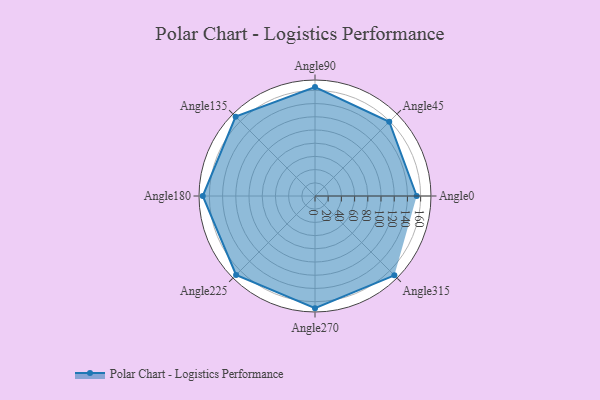
{"axis": {"x": "Angle", "y": "Radius"}, "legend": [""], "data": [{"x": "Angle0", "y": 154.0, "type": ""}, {"x": "Angle45", "y": 159.0, "type": ""}, {"x": "Angle90", "y": 165.0, "type": ""}, {"x": "Angle135", "y": 170.0, "type": ""}, {"x": "Angle180", "y": 170.0, "type": ""}, {"x": "Angle225", "y": 169.0, "type": ""}, {"x": "Angle270", "y": 170.0, "type": ""}, {"x": "Angle315", "y": 170, "type": ""}]}